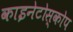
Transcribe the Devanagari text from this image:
काइनेटोस्कोप